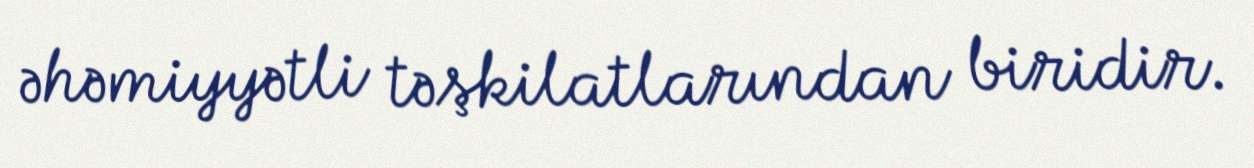
əhəmiyyətli təşkilatlarından biridir.